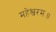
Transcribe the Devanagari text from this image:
महेश्वरम॥